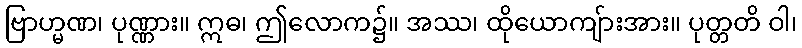
ဗြာဟ္မဏ၊ ပုဏ္ဏား။ ဣဓ၊ ဤလောက၌။ အဿ၊ ထိုယောကျ်ားအား။ ပုတ္တတိ ဝါ၊